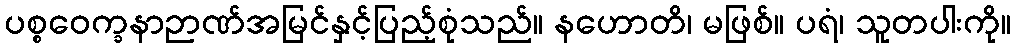
ပစ္စဝေက္ခနာဉာဏ်အမြင်နှင့်ပြည့်စုံသည်။ နဟောတိ၊ မဖြစ်။ ပရံ၊ သူတပါးကို။